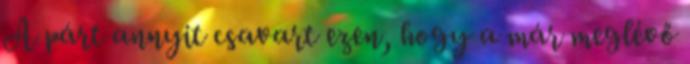
A párt annyit csavart ezen, hogy a már meglévő